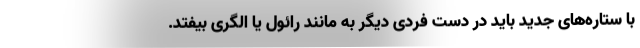
با ستاره‌های جدید باید در دست فردی دیگر به مانند رائول یا الگری بیفتد.